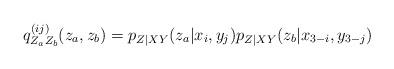
LaTeX: \begin{align*} q^{(ij)}_{Z_a Z_b}(z_a, z_b)=p_{Z|XY}(z_a|x_i,y_j)p_{Z|XY}(z_{b}|x_{3-i},y_{3-j})\end{align*}